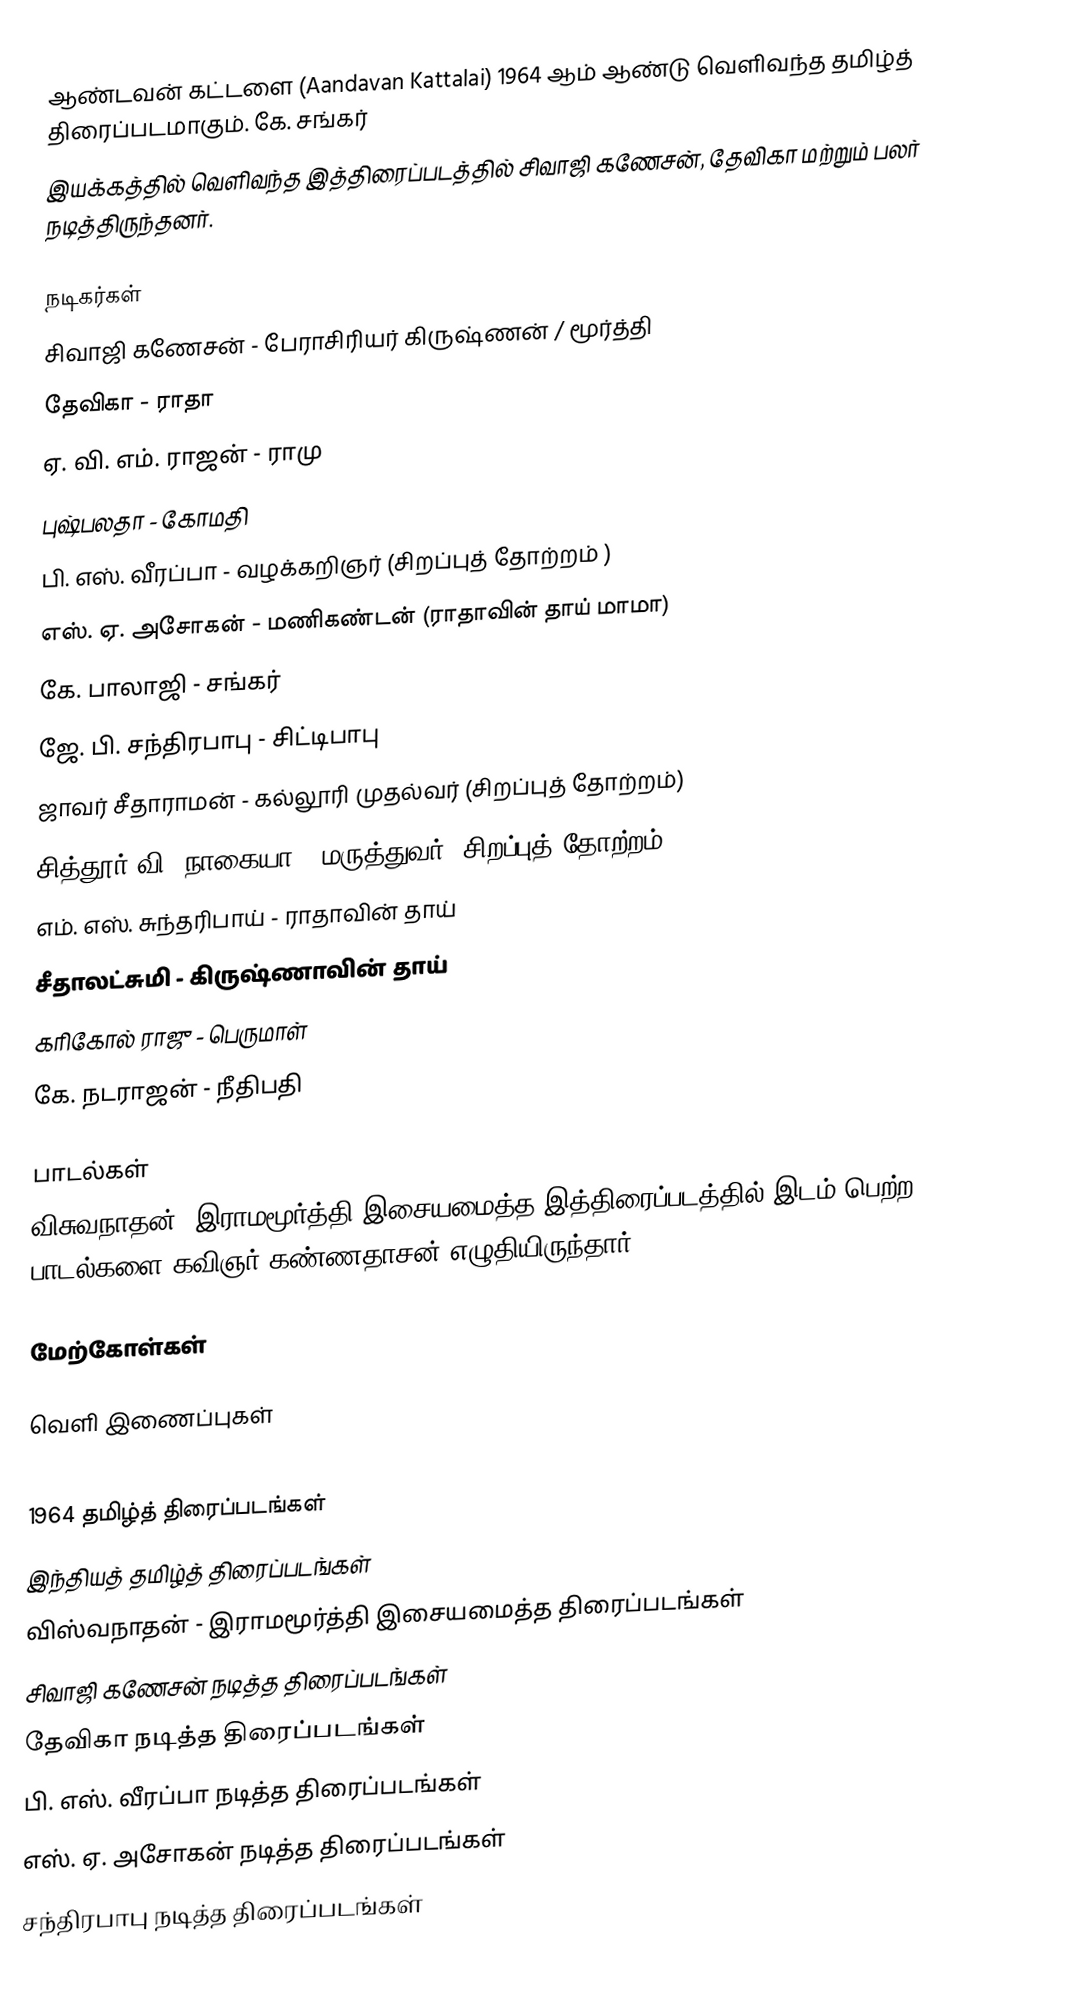
ஆண்டவன் கட்டளை (Aandavan Kattalai) 1964 ஆம் ஆண்டு வெளிவந்த தமிழ்த் திரைப்படமாகும். கே. சங்கர்
இயக்கத்தில் வெளிவந்த இத்திரைப்படத்தில் சிவாஜி கணேசன், தேவிகா மற்றும் பலர் நடித்திருந்தனர்.

நடிகர்கள்
சிவாஜி கணேசன் - பேராசிரியர் கிருஷ்ணன் / மூர்த்தி
தேவிகா - ராதா
ஏ. வி. எம். ராஜன் - ராமு
புஷ்பலதா - கோமதி
பி. எஸ். வீரப்பா - வழக்கறிஞர் (சிறப்புத் தோற்றம் )
எஸ். ஏ. அசோகன் - மணிகண்டன் (ராதாவின் தாய் மாமா)
கே. பாலாஜி - சங்கர்
ஜே. பி. சந்திரபாபு - சிட்டிபாபு
ஜாவர் சீதாராமன்  - கல்லூரி முதல்வர் (சிறப்புத் தோற்றம்)
 சித்தூர் வி. நாகையா - மருத்துவர் (சிறப்புத் தோற்றம்)
 எம். எஸ். சுந்தரிபாய் - ராதாவின் தாய்
 சீதாலட்சுமி - கிருஷ்ணாவின் தாய்
 கரிகோல் ராஜு - பெருமாள்
 கே. நடராஜன் - நீதிபதி

பாடல்கள்
விசுவநாதன் -இராமமூர்த்தி இசையமைத்த இத்திரைப்படத்தில் இடம் பெற்ற பாடல்களை கவிஞர் கண்ணதாசன் எழுதியிருந்தார்.

மேற்கோள்கள்

வெளி இணைப்புகள்

1964 தமிழ்த் திரைப்படங்கள்
இந்தியத் தமிழ்த் திரைப்படங்கள்
விஸ்வநாதன் - இராமமூர்த்தி இசையமைத்த திரைப்படங்கள்
சிவாஜி கணேசன் நடித்த திரைப்படங்கள்
தேவிகா நடித்த திரைப்படங்கள்
பி. எஸ். வீரப்பா நடித்த திரைப்படங்கள்
எஸ். ஏ. அசோகன் நடித்த திரைப்படங்கள்
சந்திரபாபு நடித்த திரைப்படங்கள்